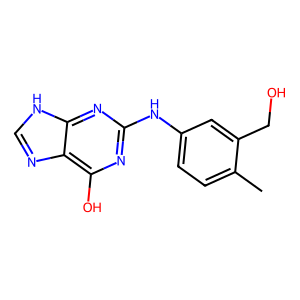
SMILES: Cc1ccc(Nc2nc(O)c3nc[nH]c3n2)cc1CO
Inhibits HIV replication: No